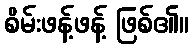
စိမ်းဖန့်ဖန့် ဖြစ်၏။